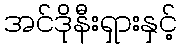
အင်ဒိုနီးရှားနှင့်